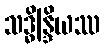
သဒ္ဓိန္ဒြိယဿ